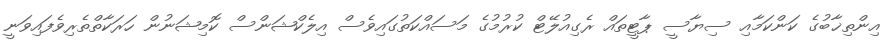
އިންތިޚާބުގެ ކަންކަމާއި ސިޔާސީ ޕާޓީތައް ރެގިއުލޭޓް ކުރުމުގެ މަސައްކަތުގައިވެސް އިލެކްޝަންސް ކޮމިޝަނުން ހަރަކާތްތެރިވެފައިވަނީ